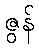
ဇွန်